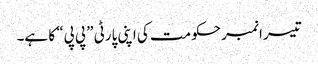
تیسرا نمبر حکومت کی اپنی پارٹی ”پی پی“ کا ہے۔